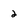
Character: 2